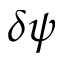
\delta \psi